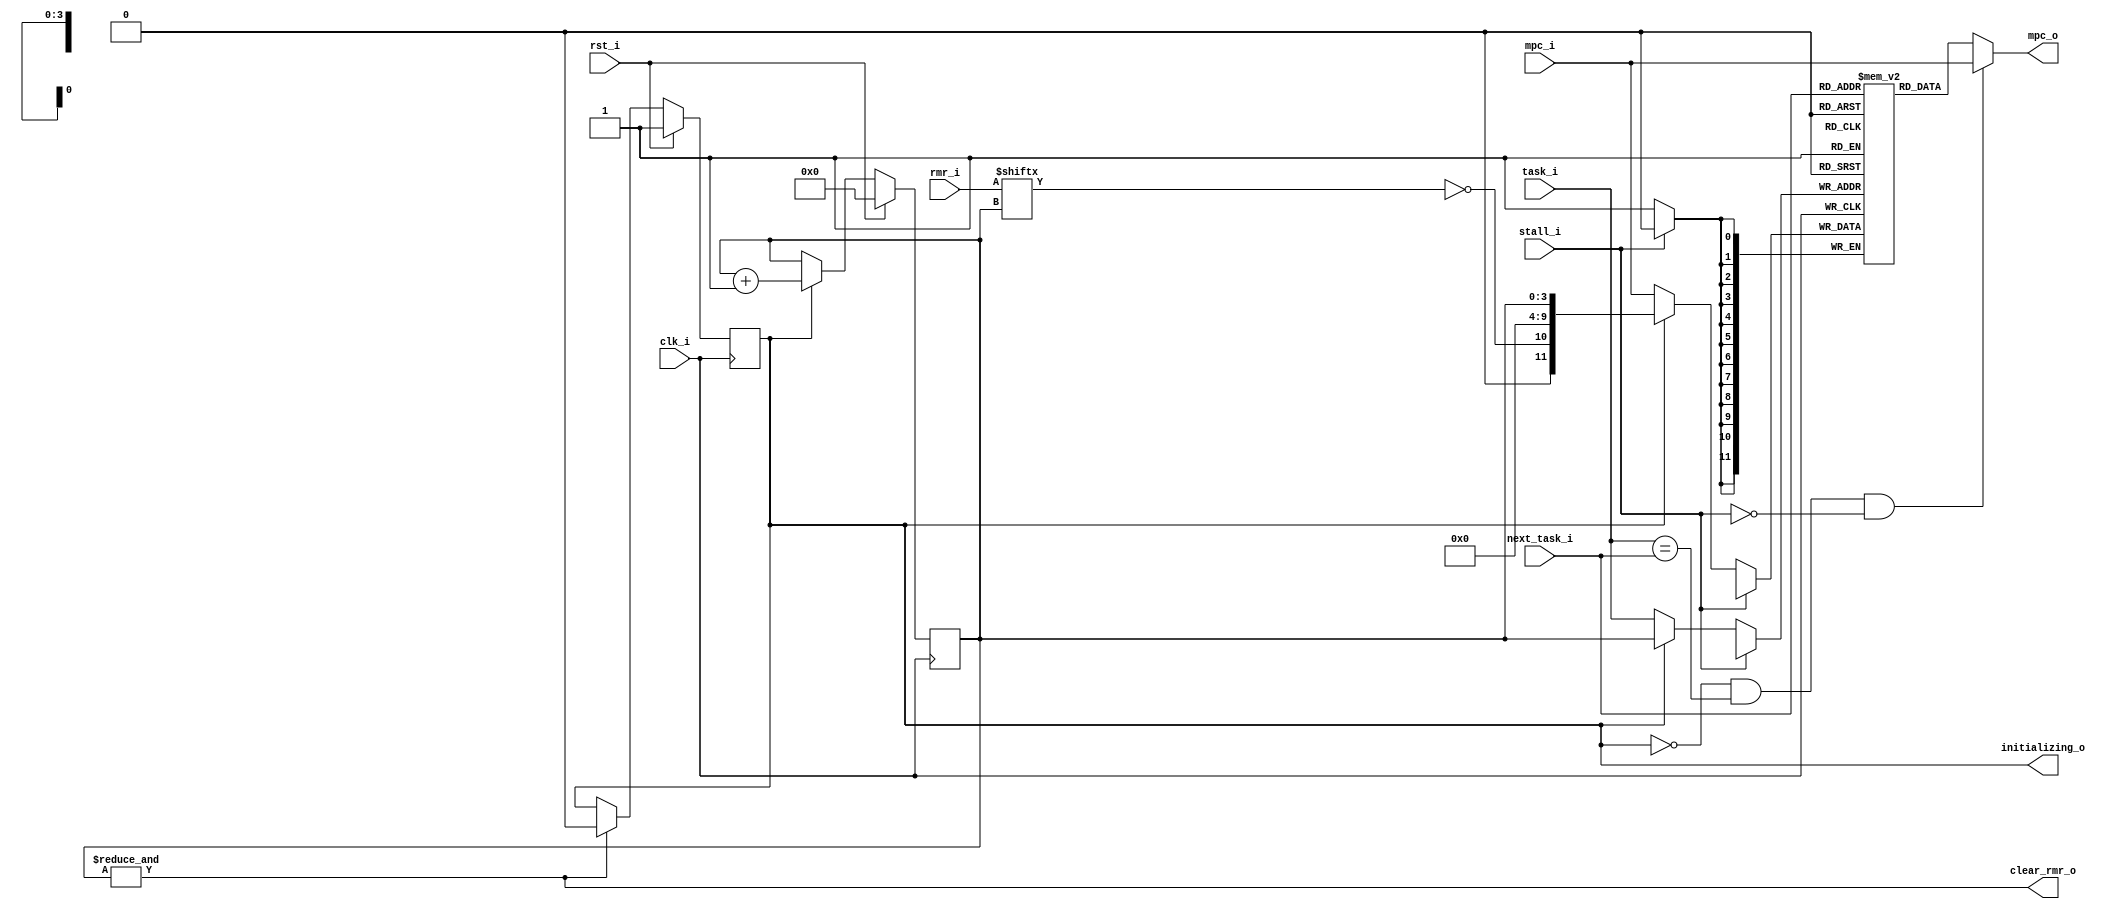
`timescale 1ns / 1ps
module alto_control_taskcontext (
	input         clk_i,
	input         rst_i,
	
	input  [15:0] rmr_i,
	output        clear_rmr_o,
	output        initializing_o,
	input         stall_i,
	
	input   [3:0] task_i,
	input   [3:0] next_task_i,
	input  [11:0] mpc_i,
	output [11:0] mpc_o
);

	reg [11:0] mpc_ram [0:15];
	
	reg initializing_mpc_ram;
	reg [3:0] initialization_adr;
	
	wire [3:0] internal_adr = initializing_mpc_ram ? initialization_adr : task_i;
	wire [11:0] internal_dat = initializing_mpc_ram ? { 1'b0, ~rmr_i[initialization_adr], 6'b0, initialization_adr } : mpc_i;
	
	assign mpc_o = (!initializing_mpc_ram && task_i == next_task_i && !stall_i) ? mpc_i : mpc_ram[next_task_i];
	
	always @ (posedge clk_i)
		if(!stall_i)
			mpc_ram[internal_adr] <= internal_dat;			
		
	always @ (posedge clk_i)
		if(rst_i)
			initializing_mpc_ram <= 1'b1;
		else if(&initialization_adr)
			initializing_mpc_ram <= 1'b0;
	
	always @ (posedge clk_i)
		if(rst_i)
			initialization_adr <= 4'b0;
		else if(initializing_mpc_ram)
			initialization_adr <= initialization_adr + 4'b1;

	assign clear_rmr_o = &initialization_adr;
	assign initializing_o = initializing_mpc_ram;
	
endmodule